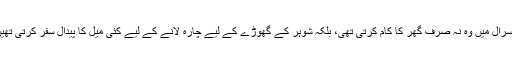
سسرال میں وہ نہ صرف گھر کا کام کرتی تھی، بلکہ شوہر کے گھوڑے کے لیے چارہ لانے کے لیے کئی میل کا پیدال سفر کرتی تھیں۔